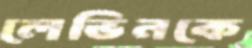
লেভিনকে